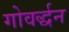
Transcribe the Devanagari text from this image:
गोवर्द्धन